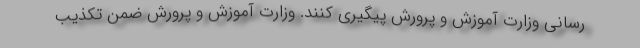
رسانی وزارت آموزش و پرورش پیگیری کنند. وزارت آموزش و پرورش ضمن تکذیب